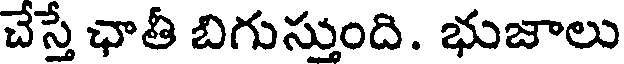
చేస్తే ఛాతీ బిగుస్తుంది. భుజాలు